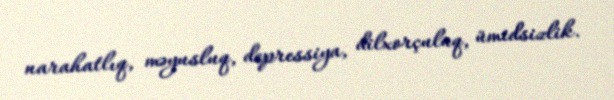
narahatlıq, məyusluq, depressiya, dilxorçuluq, ümidsizlik.